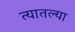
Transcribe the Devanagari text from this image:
त्‍यातल्‍या